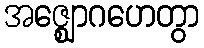
အဇ္ဈောဂဟေတွာ